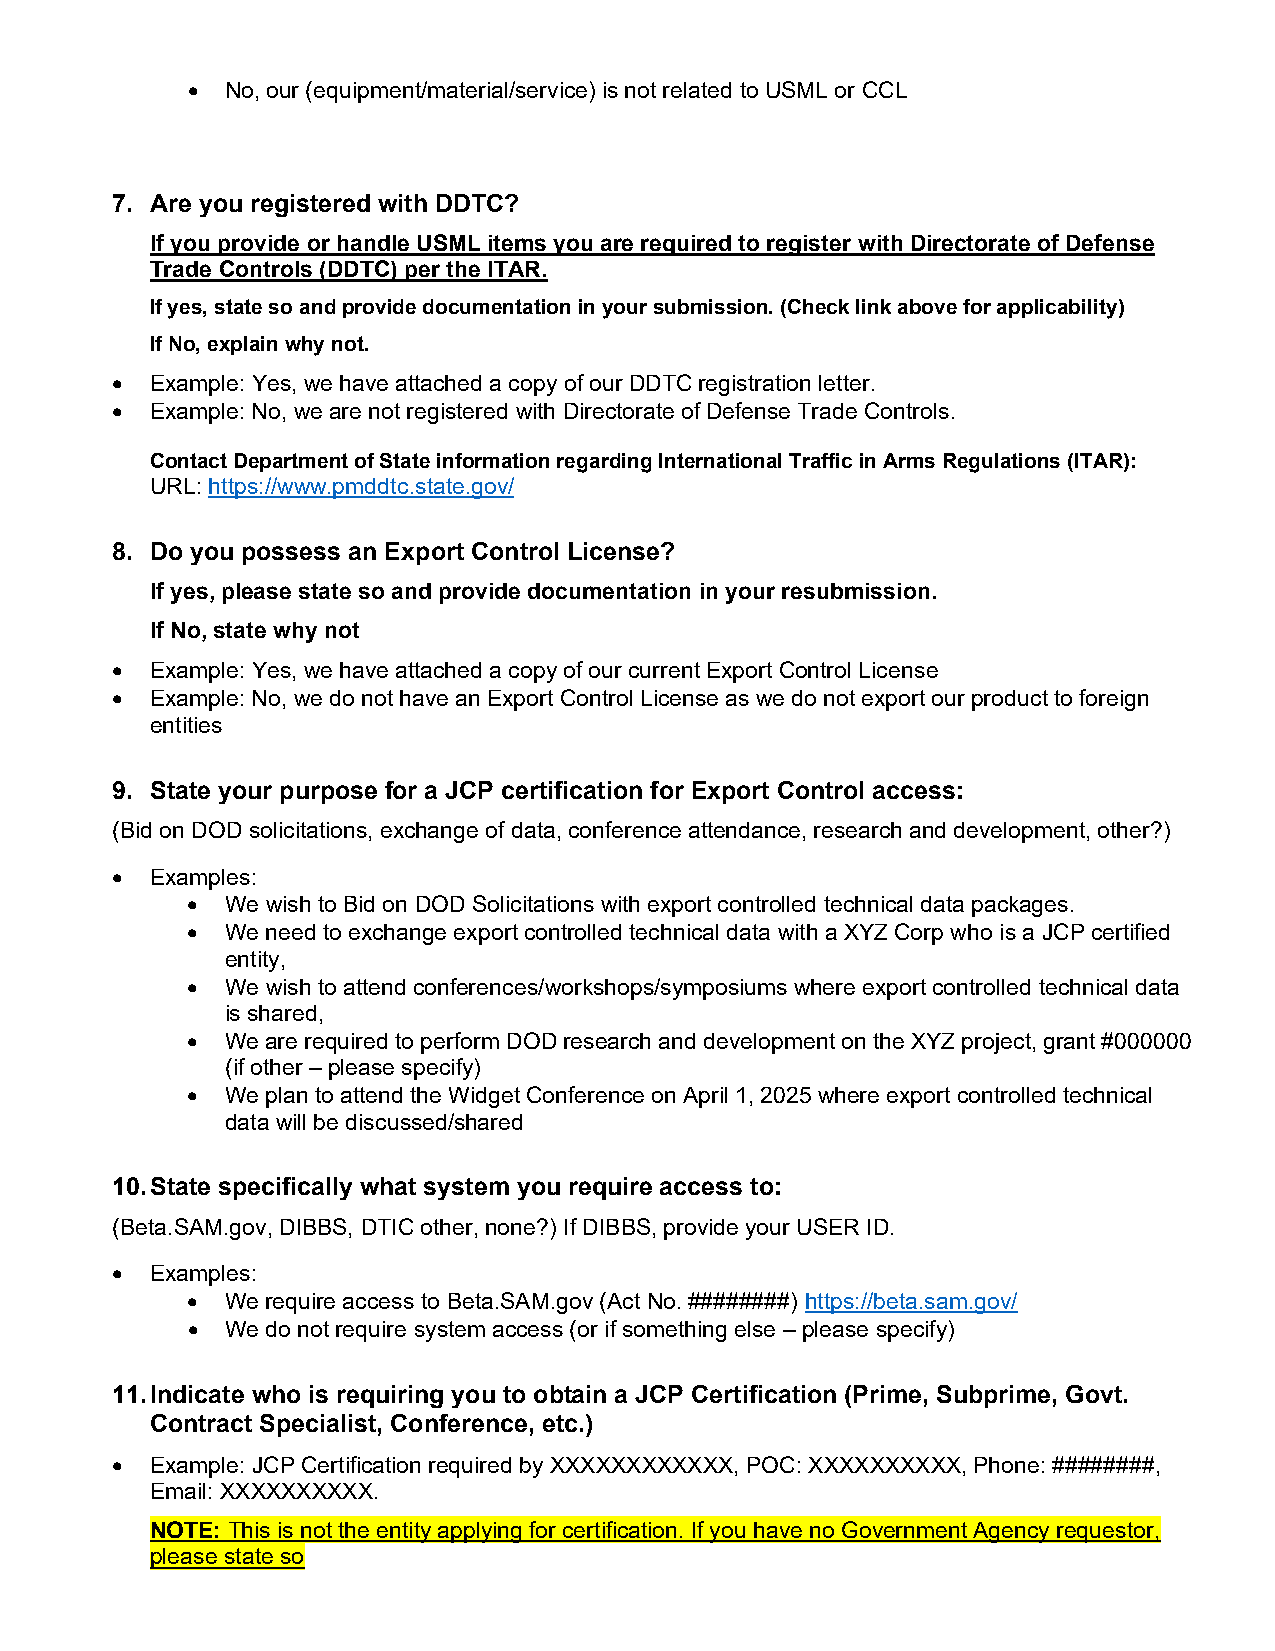
•  No, our (equipment/material/service) is not related to USML or CCL
 7. Are you registered with DDTC?
 If you provide or handle USML items you are required to register with Directorate of Defense
 Trade Controls (DDTC) per the ITAR.
 If yes, state so and provide documentation in your submission. (Check link above for applicability)
 If No, explain why not.
 •  Example: Yes, we have attached a copy of our DDTC registration letter.
 •  Example: No, we are not registered with Directorate of Defense Trade Controls.
 Contact Department of State information regarding International Traffic in Arms Regulations (ITAR):
 URL: https://www.pmddtc.state.gov/
 8. Do you possess an Export Control License?
 If yes, please state so and provide documentation in your resubmission.
 If No, state why not
 •  Example: Yes, we have attached a copy of our current Export Control License
 •  Example: No, we do not have an Export Control License as we do not export our product to foreign
 entities
 9. State your purpose for a JCP certification for Export Control access:
 (Bid on DOD solicitations, exchange of data, conference attendance, research and development, other?)
 •  Examples:
 •  We wish to Bid on DOD Solicitations with export controlled technical data packages.
 •  We need to exchange export controlled technical data with a XYZ Corp who is a JCP certified
 entity,
 •  We wish to attend conferences/workshops/symposiums where export controlled technical data
 is shared,
 •  We are required to perform DOD research and development on the XYZ project, grant #000000
 (if other – please specify)
 •  We plan to attend the Widget Conference on April 1, 2025 where export controlled technical
 data will be discussed/shared
 10. State specifically what system you require access to:
 (Beta.SAM.gov, DIBBS, DTIC other, none?) If DIBBS, provide your USER ID.
 •  Examples:
 •  We require access to Beta.SAM.gov (Act No. ########) https://beta.sam.gov/
 •  We do not require system access (or if something else – please specify)
 11. Indicate who is requiring you to obtain a JCP Certification (Prime, Subprime, Govt.
 Contract Specialist, Conference, etc.)
 •  Example: JCP Certification required by XXXXXXXXXXXX, POC: XXXXXXXXXX, Phone: ########,
 Email: XXXXXXXXXX.
 NOTE: This is not the entity applying for certification. If you have no Government Agency requestor,
 please state so